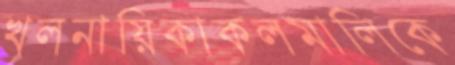
খলনায়িকাকলমালিকে